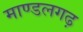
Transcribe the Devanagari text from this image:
माण्डलगढ़